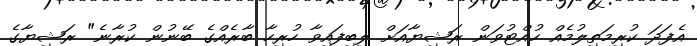
އެފަދަ ކުރިމަތިލުމެއް ހުއްޓުވަން ރަޝިޔާއަށް ލިބިފައިވާ ހުރިހާ ބާރެއްގެ ބޭނުން ކުރާނެ" ރަޝިޔާގެ